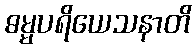
ဓမ္မပရိယေသနာတိ